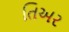
તિઅર